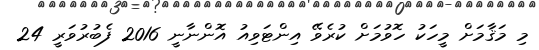
މި މަޤާމަށް މީހަކު ހޮވުމަށް ކުރެވޭ އިންޓަވިއު އޮންނާނީ 2016 ފެބުރުވަރީ 24